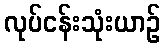
လုပ်ငန်းသုံးယာဉ်